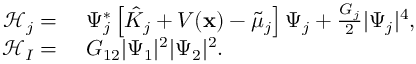
\begin{array} { r l } { \mathcal { H } _ { j } = } & { { } \ \Psi _ { j } ^ { * } \left[ \hat { K } _ { j } + V ( \mathbf { x } ) - { \tilde { \mu } _ { j } } \right] \Psi _ { j } + \frac { G _ { j } } { 2 } | \Psi _ { j } | ^ { 4 } , } \\ { \mathcal { H } _ { I } = } & { { } \ G _ { 1 2 } | \Psi _ { 1 } | ^ { 2 } | \Psi _ { 2 } | ^ { 2 } . } \end{array}